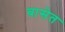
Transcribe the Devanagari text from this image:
बासेत